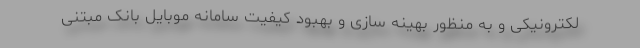
لکترونیکی و به منظور بهینه سازی و بهبود کیفیت سامانه موبایل بانک مبتنی